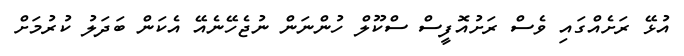
އުޅޭ ރަށެއްގައި ވެސް ރަށުއޮފީސް ސްކޫލް ހުންނަން ނުޖެހޭނެއޭ އެކަން ބަދަލު ކުރުމަށް